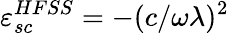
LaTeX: \varepsilon_{sc}^{HFSS}=-(c/\omega\lambda)^{2}